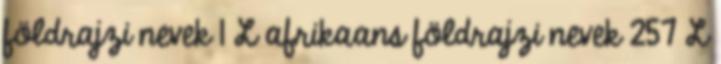
földrajzi nevek‎ 1 L afrikaans földrajzi nevek‎ 257 L